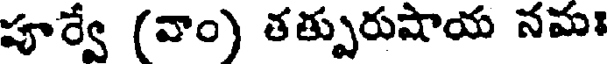
పూర్వే (వాం) తత్పురుషాయ నమః